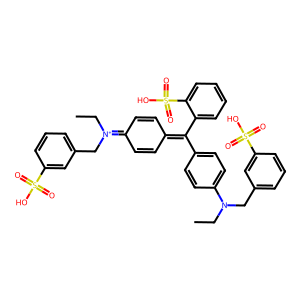
SMILES: CCN(Cc1cccc(S(=O)(=O)O)c1)c1ccc(C(=C2C=CC(=[N+](CC)Cc3cccc(S(=O)(=O)O)c3)C=C2)c2ccccc2S(=O)(=O)O)cc1
Inhibits HIV replication: No